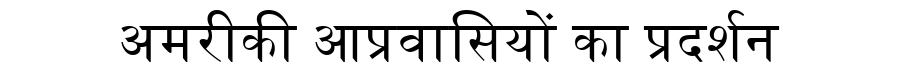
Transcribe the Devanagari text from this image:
अमरीकी आप्रवासियों का प्रदर्शन